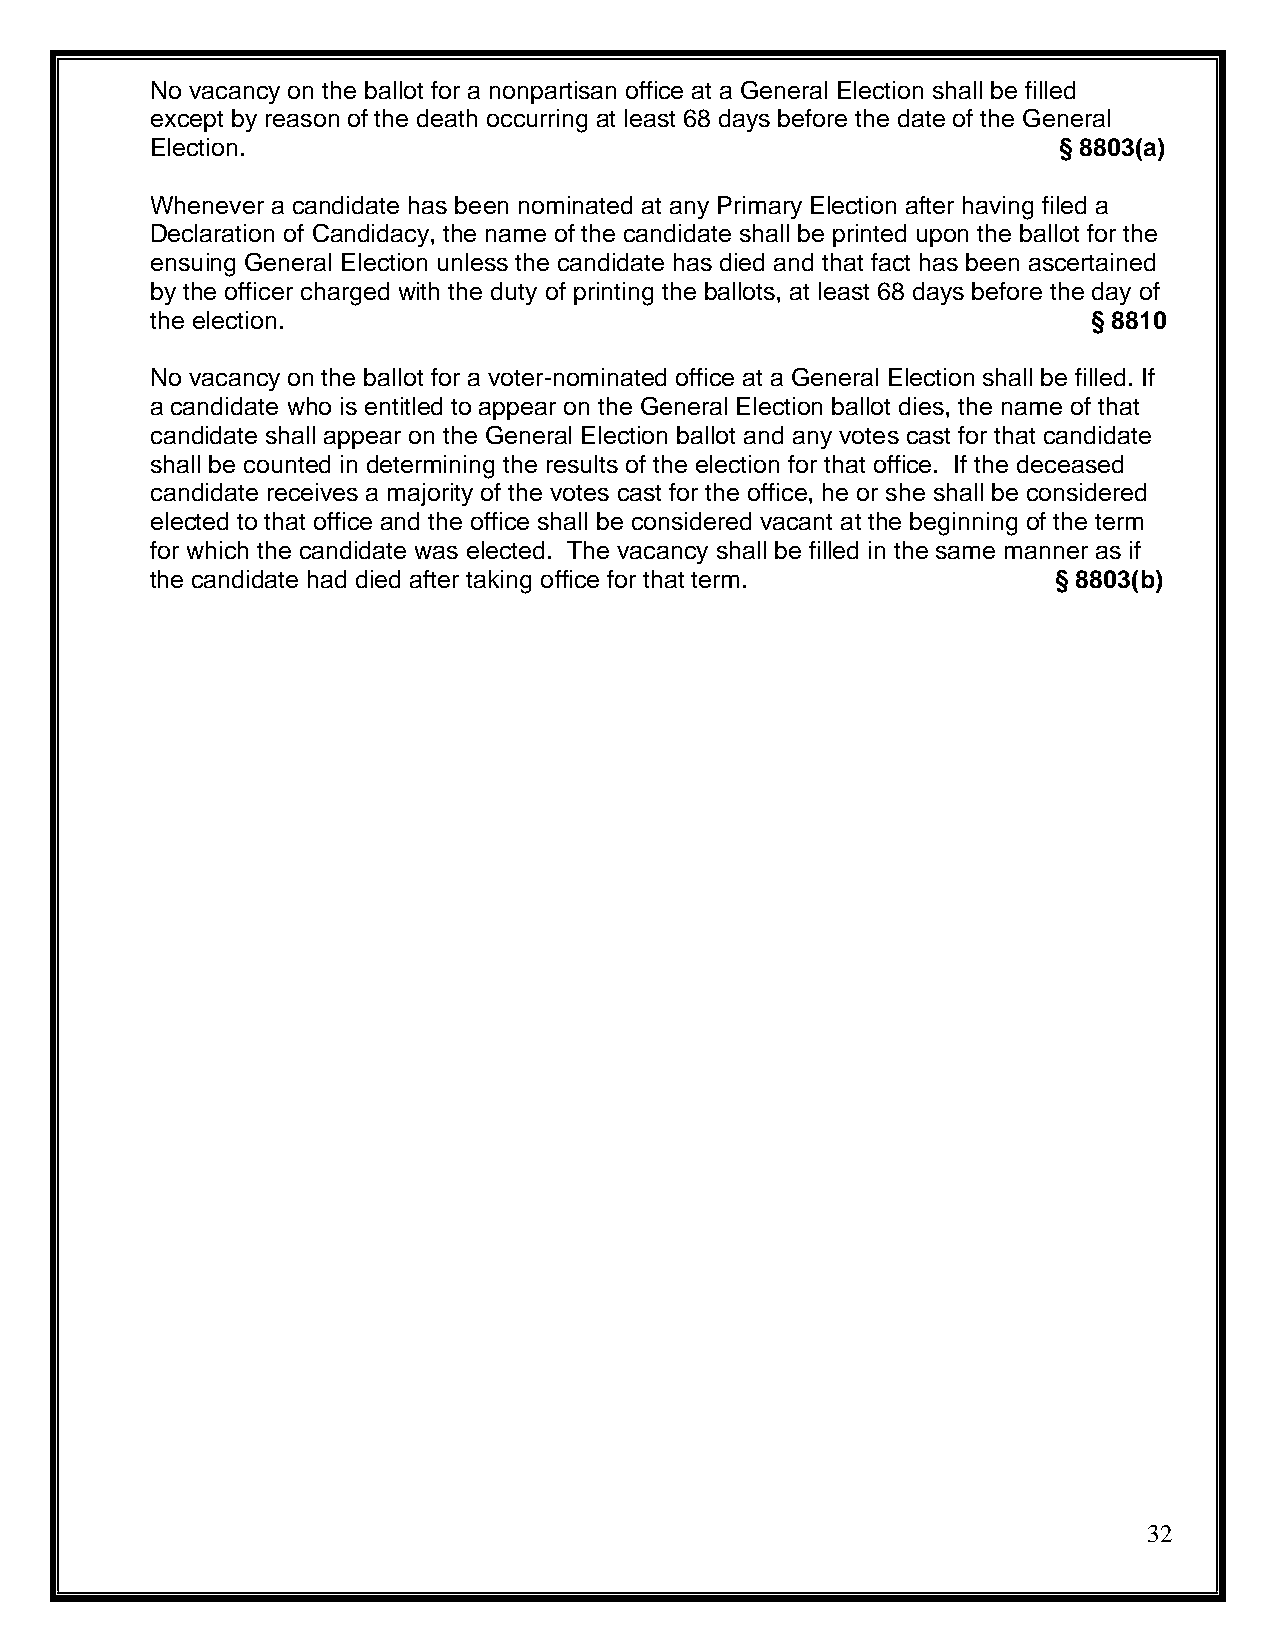
No vacancy on the ballot for a nonpartisan office at a General Election shall be filled
 except by reason of the death occurring at least 68 days before the date of the General
 Election.                                                   § 8803(a)
 Whenever a candidate has been nominated at any Primary Election after having filed a
 Declaration of Candidacy, the name of the candidate shall be printed upon the ballot for the
 ensuing General Election unless the candidate has died and that fact has been ascertained
 by the officer charged with the duty of printing the ballots, at least 68 days before the day of
 the election.                                                 § 8810
 No vacancy on the ballot for a voter-nominated office at a General Election shall be filled. If
 a candidate who is entitled to appear on the General Election ballot dies, the name of that
 candidate shall appear on the General Election ballot and any votes cast for that candidate
 shall be counted in determining the results of the election for that office. If the deceased
 candidate receives a majority of the votes cast for the office, he or she shall be considered
 elected to that office and the office shall be considered vacant at the beginning of the term
 for which the candidate was elected. The vacancy shall be filled in the same manner as if
 the candidate had died after taking office for that term.   § 8803(b)
 32